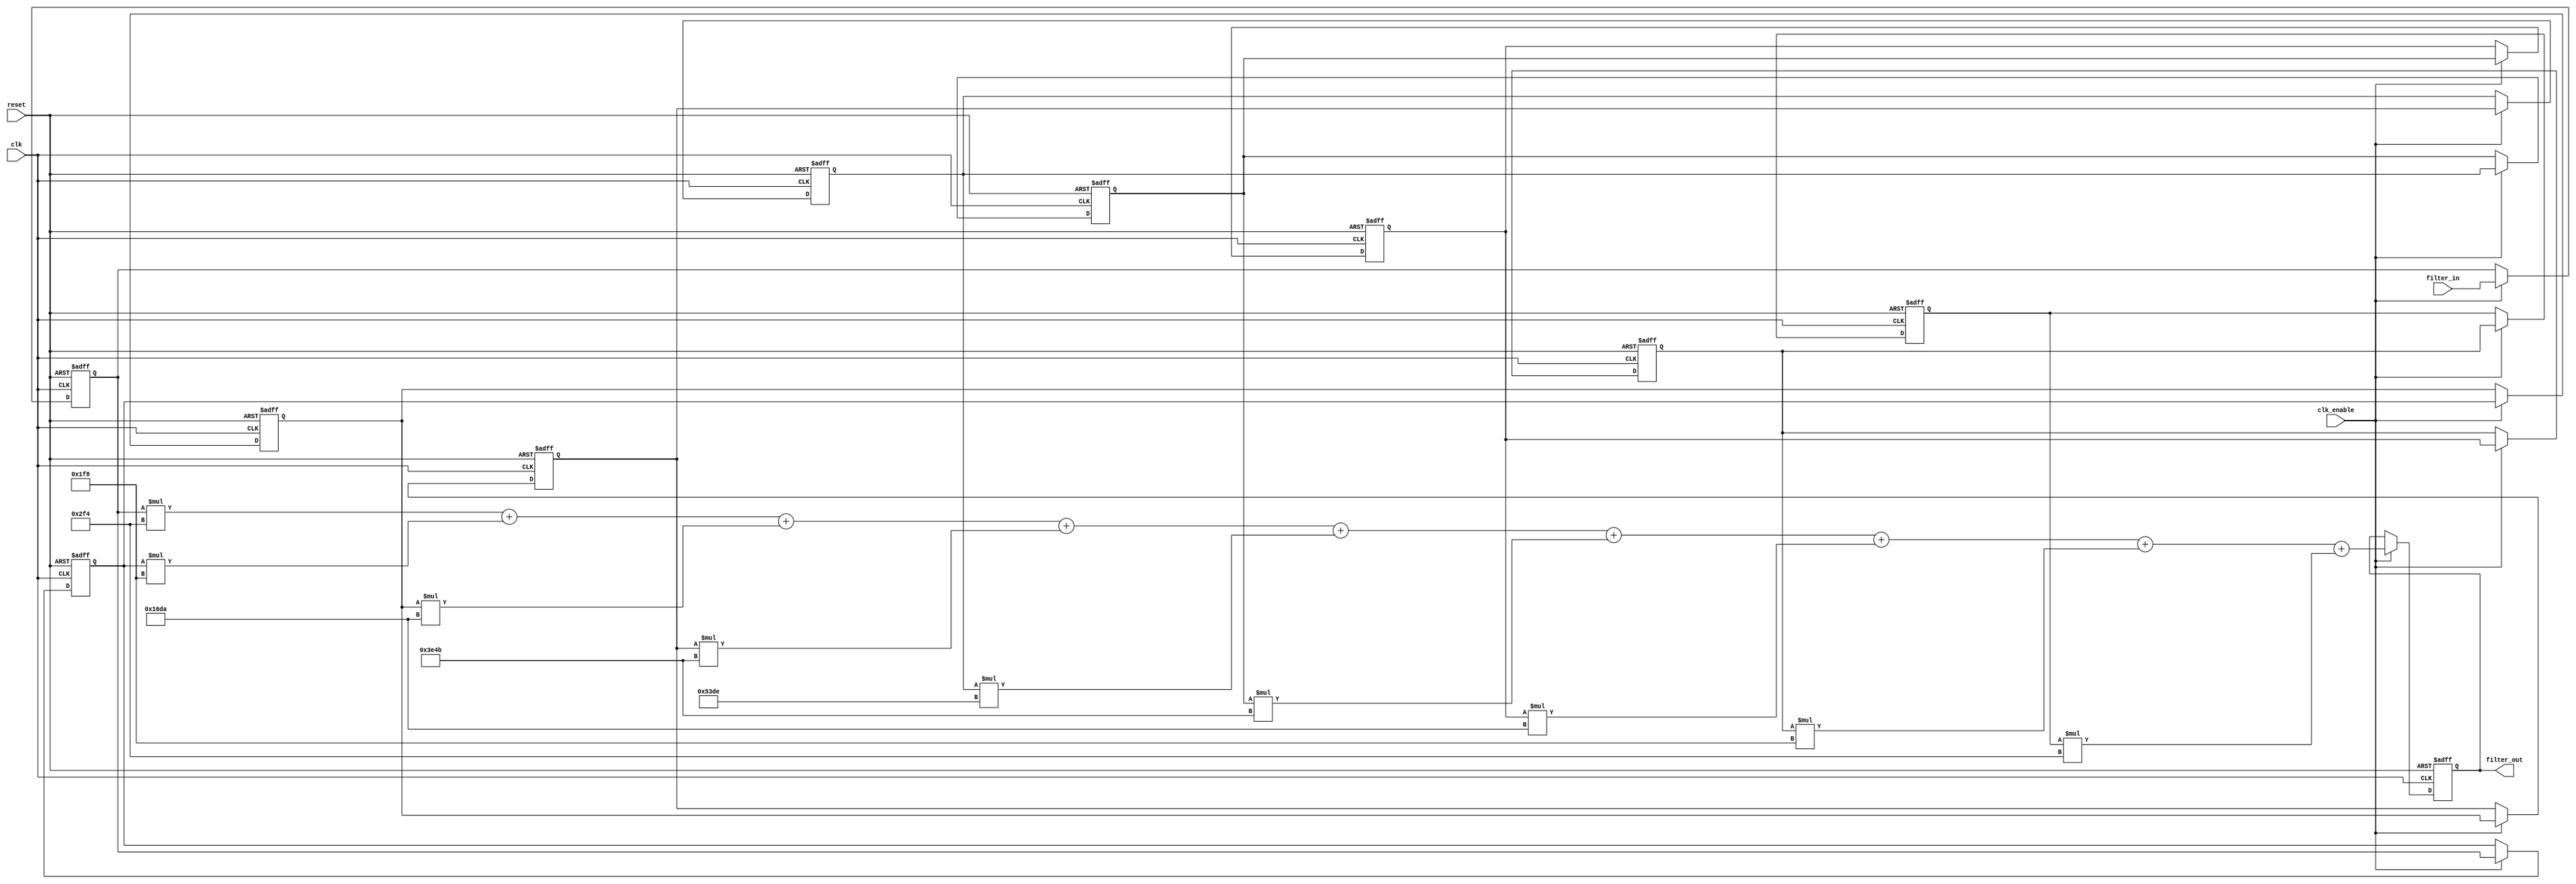
`timescale 1 ns / 1 ns

module DF_Fir
               (
                clk,
                clk_enable,
                reset,
                filter_in,
                filter_out
                );

  input   clk; 
  input   clk_enable; 
  input   reset; 
  input   signed [15:0] filter_in; 
  output  signed [32:0] filter_out;

  // Filter Coefficients
  parameter signed [15:0] coeff1 = 16'b1111111011110100; 
  parameter signed [15:0] coeff2 = 16'b0000000111111000; 
  parameter signed [15:0] coeff3 = 16'b0001011011011010; 
  parameter signed [15:0] coeff4 = 16'b0011111001001011; 
  parameter signed [15:0] coeff5 = 16'b0101001111011110; 
  parameter signed [15:0] coeff6 = 16'b0011111001001011; 
  parameter signed [15:0] coeff7 = 16'b0001011011011010; 
  parameter signed [15:0] coeff8 = 16'b0000000111111000; 
  parameter signed [15:0] coeff9 = 16'b1111111011110100; 

  // Internal Signals - All wires. Nothing is registered
  reg  signed [15:0] delay_pipeline [0:8];

  wire signed [30:0] product9, product8, product7,
                     product6, product5, product4,
                     product3, product2, product1;

  wire signed [31:0] mul_temp, mul_temp_1, mul_temp_2,
                     mul_temp_3, mul_temp_4, mul_temp_5,
                     mul_temp_6,mul_temp_7, mul_temp_8;

  wire signed [32:0] product1_cast;

  wire signed [32:0] sum1, sum2, sum3,
                     sum4, sum5, sum6,
                     sum7, sum8;

  wire signed [32:0] add_signext, add_signext_1, add_signext_2,
                     add_signext_3, add_signext_4, add_signext_5,
                     add_signext_6, add_signext_7, add_signext_8,
                     add_signext_9, add_signext_10, add_signext_11,
                     add_signext_12, add_signext_13, add_signext_14,
                     add_signext_15;

  wire signed [33:0] add_temp, add_temp_1, add_temp_2,
                     add_temp_3, add_temp_4, add_temp_5,
                     add_temp_6, add_temp_7;

  reg  signed [32:0] output_register;

  //Delay Blocks and Registering Output
  always @( posedge clk or posedge reset)
    begin
      if (reset == 1'b1) begin
        delay_pipeline[0] <= 0;
        delay_pipeline[1] <= 0;
        delay_pipeline[2] <= 0;
        delay_pipeline[3] <= 0;
        delay_pipeline[4] <= 0;
        delay_pipeline[5] <= 0;
        delay_pipeline[6] <= 0;
        delay_pipeline[7] <= 0;
        delay_pipeline[8] <= 0;
        output_register <= 0;
      end
      else begin
        if (clk_enable == 1'b1) begin
          delay_pipeline[0] <= filter_in;
          delay_pipeline[1] <= delay_pipeline[0];
          delay_pipeline[2] <= delay_pipeline[1];
          delay_pipeline[3] <= delay_pipeline[2];
          delay_pipeline[4] <= delay_pipeline[3];
          delay_pipeline[5] <= delay_pipeline[4];
          delay_pipeline[6] <= delay_pipeline[5];
          delay_pipeline[7] <= delay_pipeline[6];
          delay_pipeline[8] <= delay_pipeline[7];
          output_register <= sum8;
        end
      end
    end

  //Multiplication Operations
  assign mul_temp = delay_pipeline[8] * coeff9;
  assign product9 = mul_temp[30:0];

  assign mul_temp_1 = delay_pipeline[7] * coeff8;
  assign product8 = mul_temp_1[30:0];

  assign mul_temp_2 = delay_pipeline[6] * coeff7;
  assign product7 = mul_temp_2[30:0];

  assign mul_temp_3 = delay_pipeline[5] * coeff6;
  assign product6 = mul_temp_3[30:0];

  assign mul_temp_4 = delay_pipeline[4] * coeff5;
  assign product5 = mul_temp_4[30:0];

  assign mul_temp_5 = delay_pipeline[3] * coeff4;
  assign product4 = mul_temp_5[30:0];

  assign mul_temp_6 = delay_pipeline[2] * coeff3;
  assign product3 = mul_temp_6[30:0];

  assign mul_temp_7 = delay_pipeline[1] * coeff2;
  assign product2 = mul_temp_7[30:0];

  assign product1_cast = $signed({{2{product1[30]}}, product1});

  assign mul_temp_8 = delay_pipeline[0] * coeff1;
  assign product1 = mul_temp_8[30:0];
  
  //Add Operations
  assign add_signext = product1_cast;
  assign add_signext_1 = $signed({{2{product2[30]}}, product2});
  assign add_temp = add_signext + add_signext_1;
  assign sum1 = add_temp[32:0];

  assign add_signext_2 = sum1;
  assign add_signext_3 = $signed({{2{product3[30]}}, product3});
  assign add_temp_1 = add_signext_2 + add_signext_3;
  assign sum2 = add_temp_1[32:0];

  assign add_signext_4 = sum2;
  assign add_signext_5 = $signed({{2{product4[30]}}, product4});
  assign add_temp_2 = add_signext_4 + add_signext_5;
  assign sum3 = add_temp_2[32:0];

  assign add_signext_6 = sum3;
  assign add_signext_7 = $signed({{2{product5[30]}}, product5});
  assign add_temp_3 = add_signext_6 + add_signext_7;
  assign sum4 = add_temp_3[32:0];

  assign add_signext_8 = sum4;
  assign add_signext_9 = $signed({{2{product6[30]}}, product6});
  assign add_temp_4 = add_signext_8 + add_signext_9;
  assign sum5 = add_temp_4[32:0];

  assign add_signext_10 = sum5;
  assign add_signext_11 = $signed({{2{product7[30]}}, product7});
  assign add_temp_5 = add_signext_10 + add_signext_11;
  assign sum6 = add_temp_5[32:0];

  assign add_signext_12 = sum6;
  assign add_signext_13 = $signed({{2{product8[30]}}, product8});
  assign add_temp_6 = add_signext_12 + add_signext_13;
  assign sum7 = add_temp_6[32:0];

  assign add_signext_14 = sum7;
  assign add_signext_15 = $signed({{2{product9[30]}}, product9});
  assign add_temp_7 = add_signext_14 + add_signext_15;
  assign sum8 = add_temp_7[32:0];

  // Assignment Statements
  assign filter_out = output_register;
endmodule